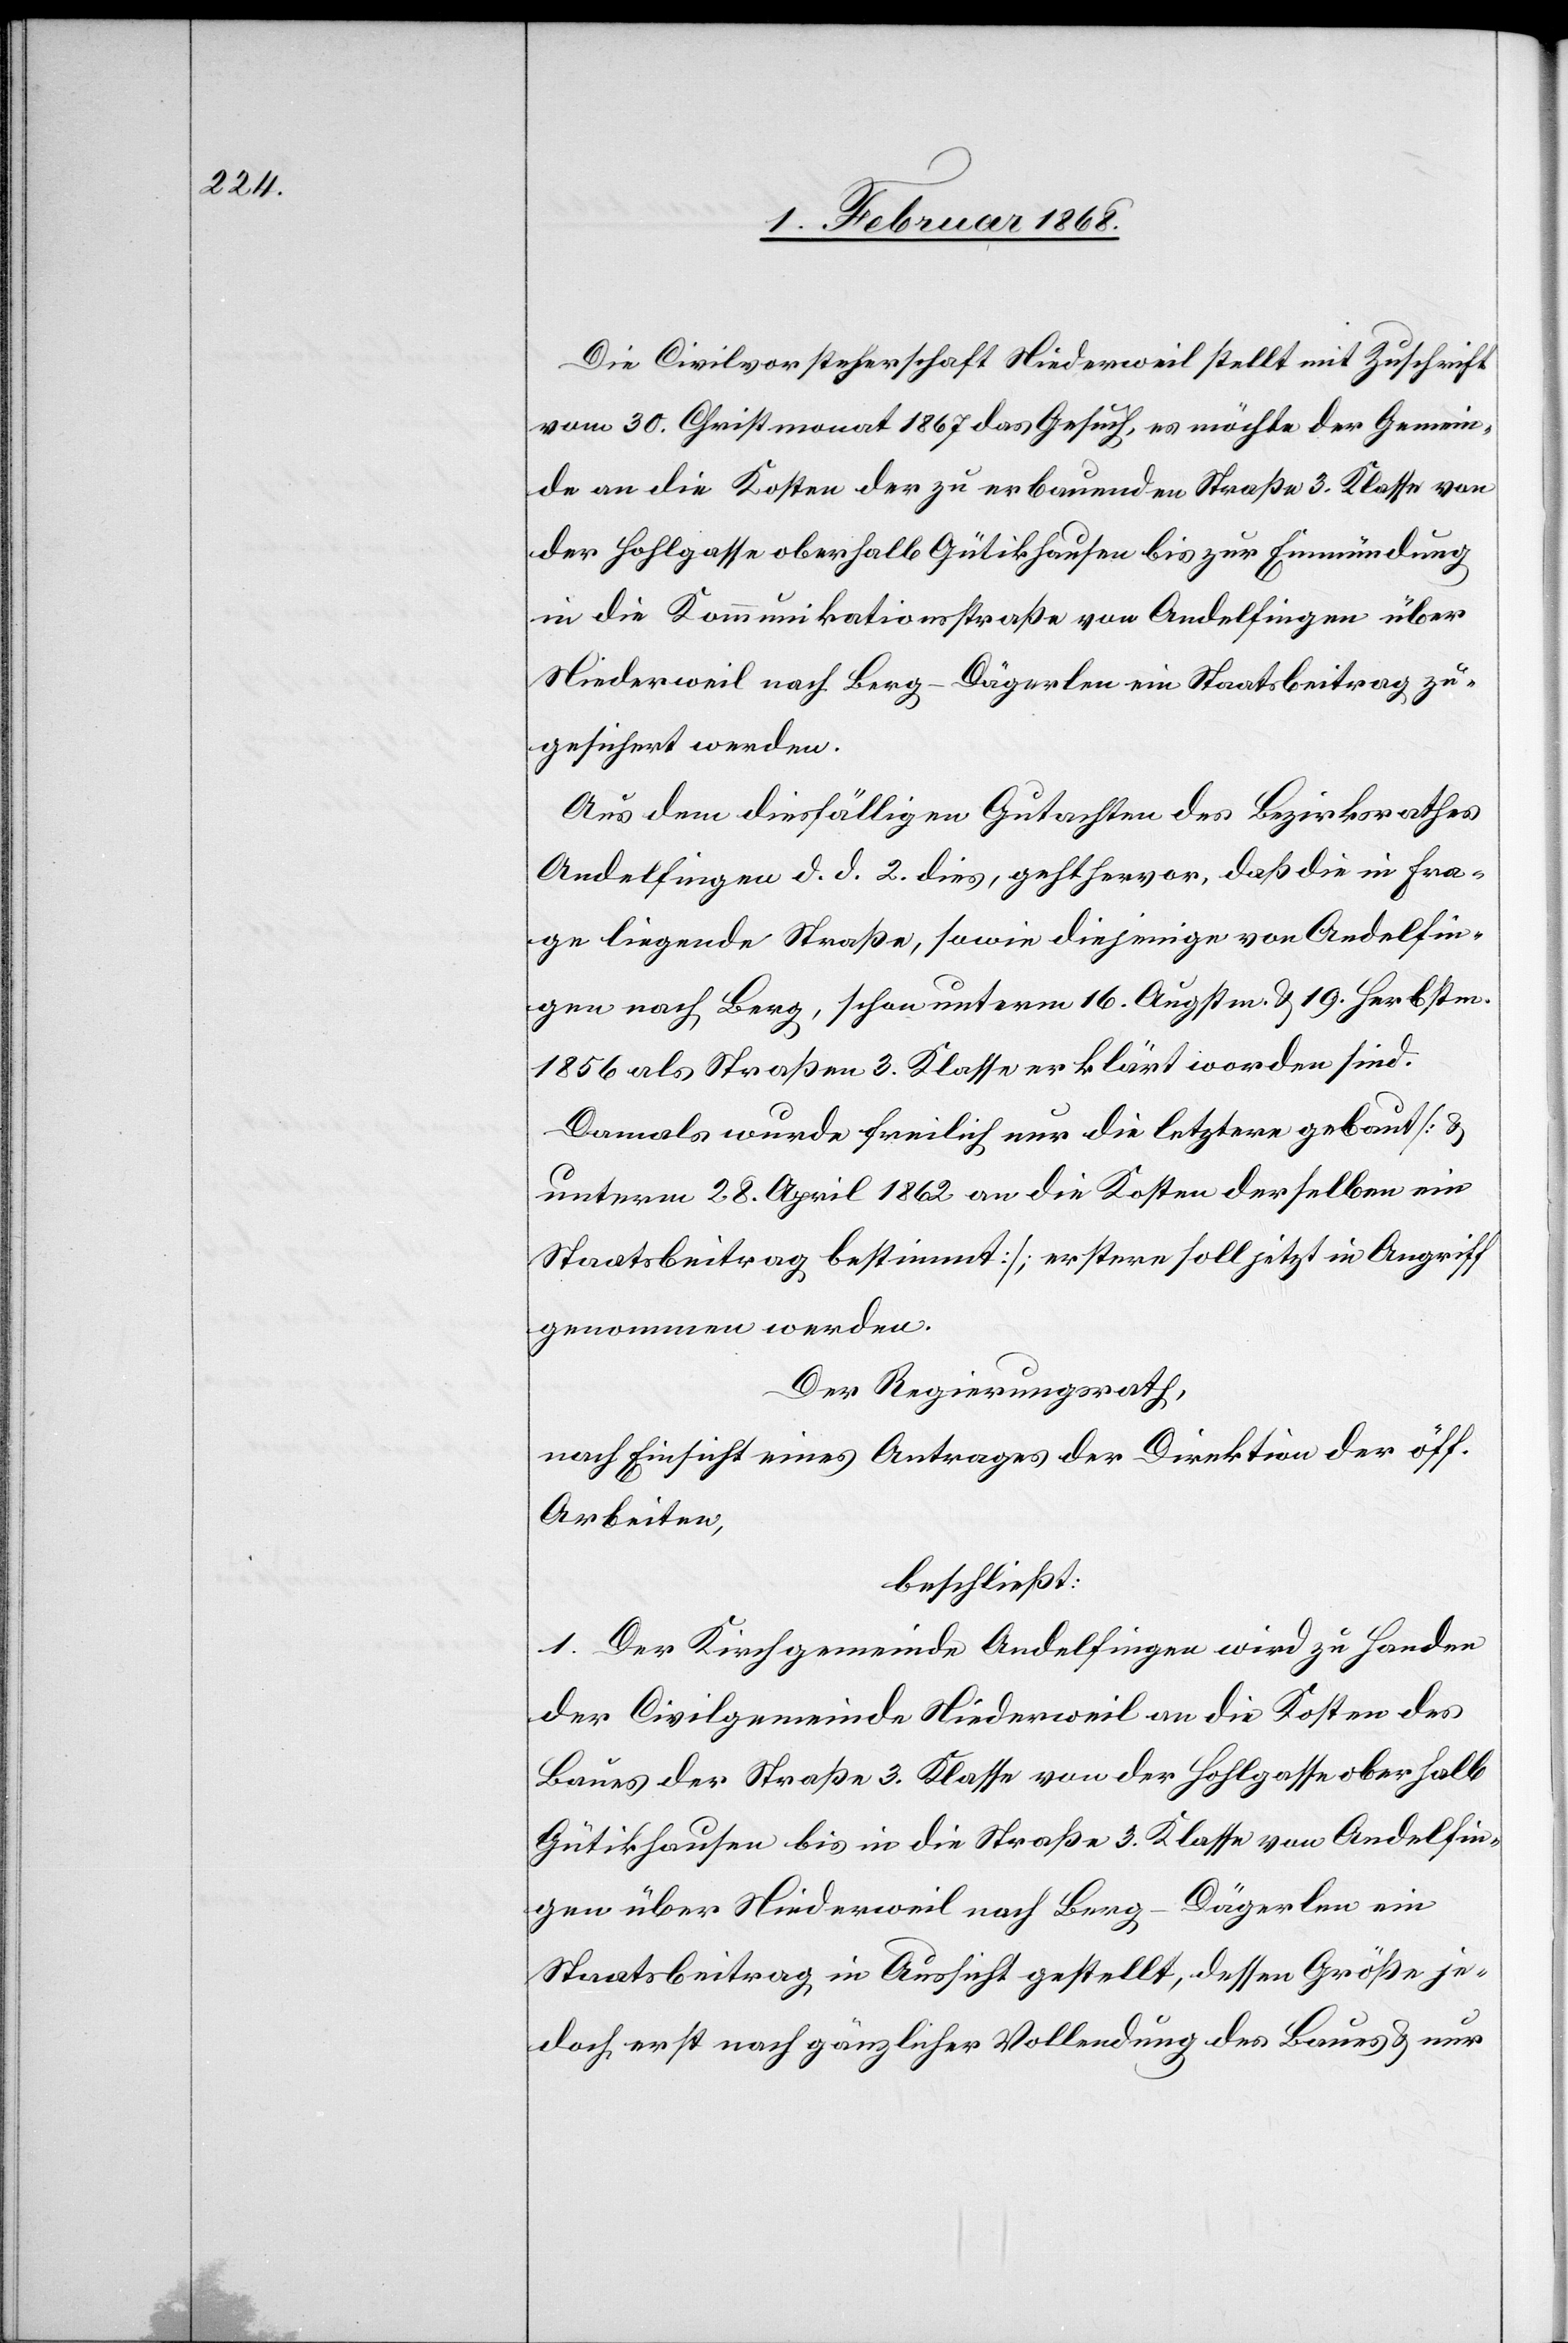
Die Civilvorsteherschaft Niederweil stellt mit Zuschrift
vom 30. Christmonat 1867 das Gesuch, es möchte der Gemein¬
de an die Kosten der zu erbauenden Straße 3. Klasse von
der Hohlgasse oberhalb Gütikhausen bis zur Einmündung
in die Kommunikationsstraße von Andelfingen über
Niederweil nach Berg-Dägerlen ein Staatsbeitrag zu¬
gesichert werden.
Aus dem diesfälligen Gutachten des Bezirksrathes
Andelfingen d. d. 2. dies, geht hervor, daß die in Fra¬
ge liegende Straße, sowie diejenige von Andelfin¬
gen nach Berg, schon unterm 16. Augstm. & 19. Herbstm.
1856 als Straßen 3. Klasse erklärt worden sind.
Damals wurde freilich nur die letztere gebaut [&
unterm 28. April 1862 an die Kosten derselben ein
Staatsbeitrag bestimmt]; erstere soll jetzt in Angriff
genommen werden.
Der Regierungsrath,
nach Einsicht eines Antrages der Direktion der öff.
Arbeiten,
beschließt:
1. Der Kirchgemeinde Andelfingen wird zu Handen
der Civilgemeinde Niederweil an die Kosten des
Baues der Straße 3. Klasse von der Hohlgasse oberhalb
Gütikhausen bis in die Straße 3. Klasse von Andelfin¬
gen über Niederweil nach Berg-Dägerlen ein
Staatsbeitrag in Aussicht gestellt, dessen Größe je¬
doch erst nach gänzlicher Vollendung des Baues & nur